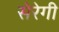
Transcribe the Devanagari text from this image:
सेरेगी